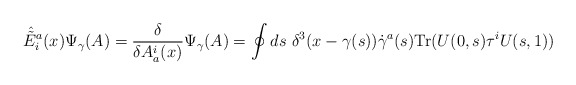
\begin{align*}\hat{\tilde{E}}^a_i(x) \Psi_\gamma(A) = {\delta \over \delta A_a^i(x)}\Psi_\gamma(A)=\oint ds \ \delta^3(x-\gamma(s)) \dot{\gamma}^a(s) {\rm Tr}(U(0,s) \tau^iU(s,1)) \end{align*}